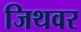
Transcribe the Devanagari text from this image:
जिथवर